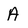
Character: A